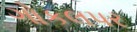
ગોકલપર